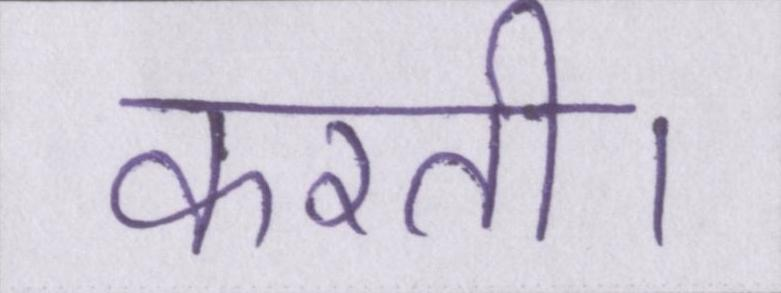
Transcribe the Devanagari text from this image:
करती।